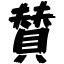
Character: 賛